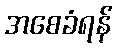
အစေခံရန်